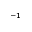
^ { - 1 }